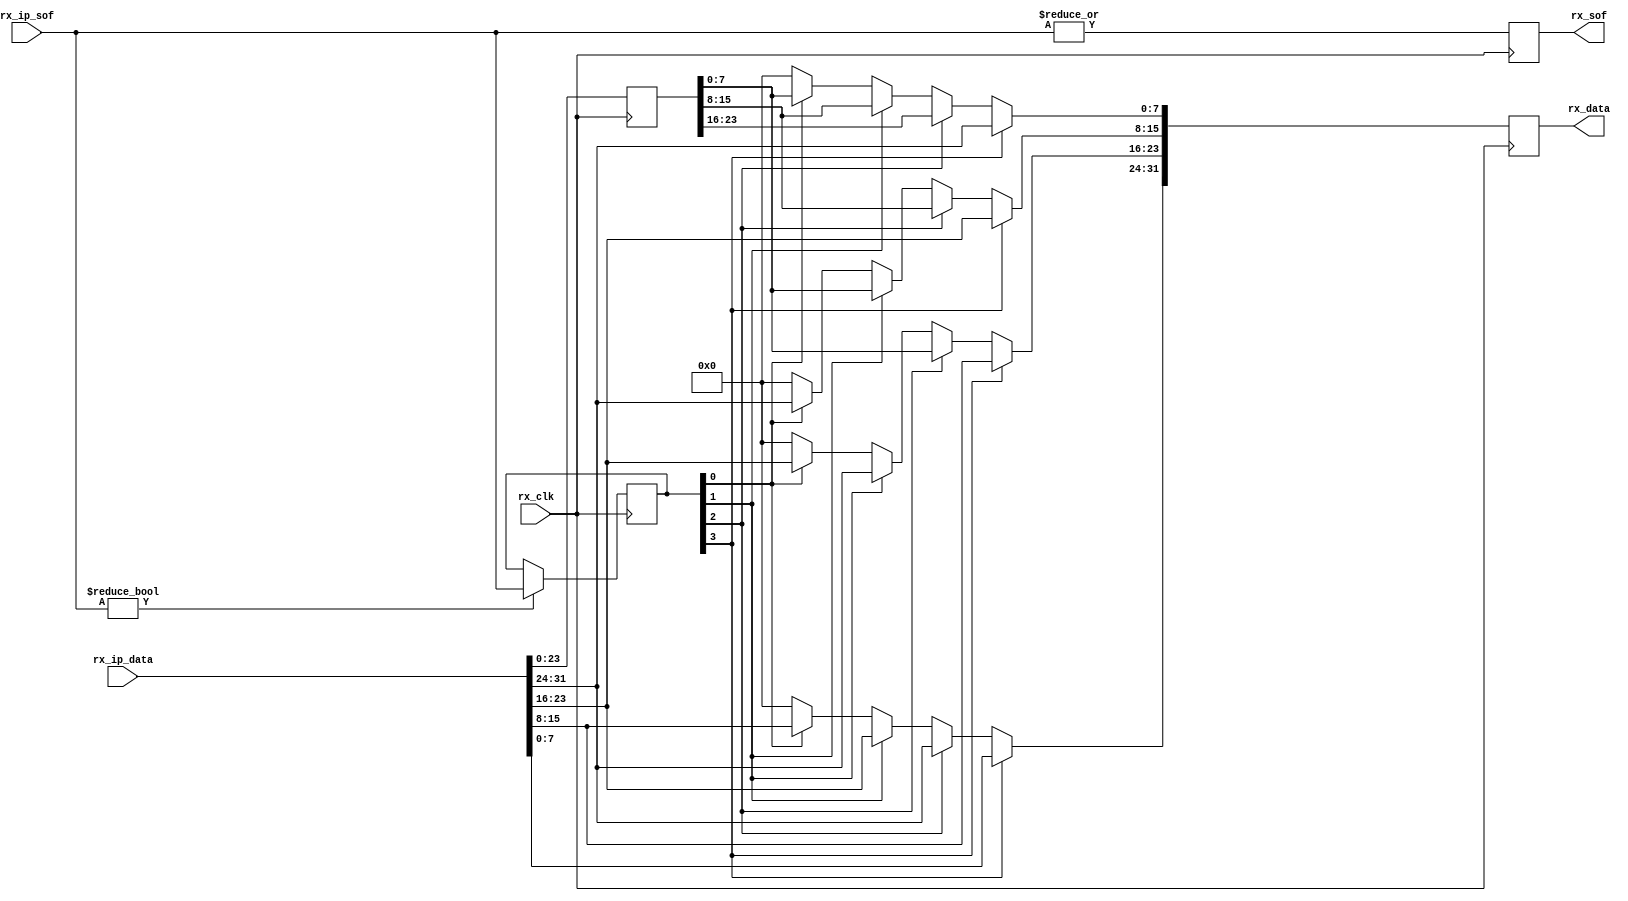
module ad_jesd_align (

  // jesd interface

  rx_clk,
  rx_ip_sof,
  rx_ip_data,
  rx_sof,
  rx_data);

  // jesd interface

  input           rx_clk;
  input   [ 3:0]  rx_ip_sof;
  input   [31:0]  rx_ip_data;

  // aligned data

  output          rx_sof;
  output  [31:0]  rx_data;

  // internal registers

  reg     [31:0]  rx_ip_data_d = 'd0;
  reg     [ 3:0]  rx_ip_sof_hold = 'd0;
  reg             rx_sof = 'd0;
  reg     [31:0]  rx_data = 'd0;

  // dword may contain more than one frame per clock

  always @(posedge rx_clk) begin
    rx_ip_data_d <= rx_ip_data;
    if (rx_ip_sof != 4'd0) begin
      rx_ip_sof_hold <= rx_ip_sof;
    end
    rx_sof <= |rx_ip_sof;
    if (rx_ip_sof_hold[3] == 1'b1) begin
      rx_data[31:24] <= rx_ip_data[ 7: 0];
      rx_data[23:16] <= rx_ip_data[15: 8];
      rx_data[15: 8] <= rx_ip_data[23:16];
      rx_data[ 7: 0] <= rx_ip_data[31:24];
    end else if (rx_ip_sof_hold[2] == 1'b1) begin
      rx_data[31:24] <= rx_ip_data[31:24];
      rx_data[23:16] <= rx_ip_data_d[ 7: 0];
      rx_data[15: 8] <= rx_ip_data_d[15: 8];
      rx_data[ 7: 0] <= rx_ip_data_d[23:16];
    end else if (rx_ip_sof_hold[1] == 1'b1) begin
      rx_data[31:24] <= rx_ip_data[23:16];
      rx_data[23:16] <= rx_ip_data[31:24];
      rx_data[15: 8] <= rx_ip_data_d[ 7: 0];
      rx_data[ 7: 0] <= rx_ip_data_d[15: 8];
    end else if (rx_ip_sof_hold[0] == 1'b1) begin
      rx_data[31:24] <= rx_ip_data[15: 8];
      rx_data[23:16] <= rx_ip_data[23:16];
      rx_data[15: 8] <= rx_ip_data[31:24];
      rx_data[ 7: 0] <= rx_ip_data_d[ 7: 0];
    end else begin
      rx_data[31:24] <= 8'd0;
      rx_data[23:16] <= 8'd0;
      rx_data[15: 8] <= 8'd0;
      rx_data[ 7: 0] <= 8'd0;
    end
  end

endmodule